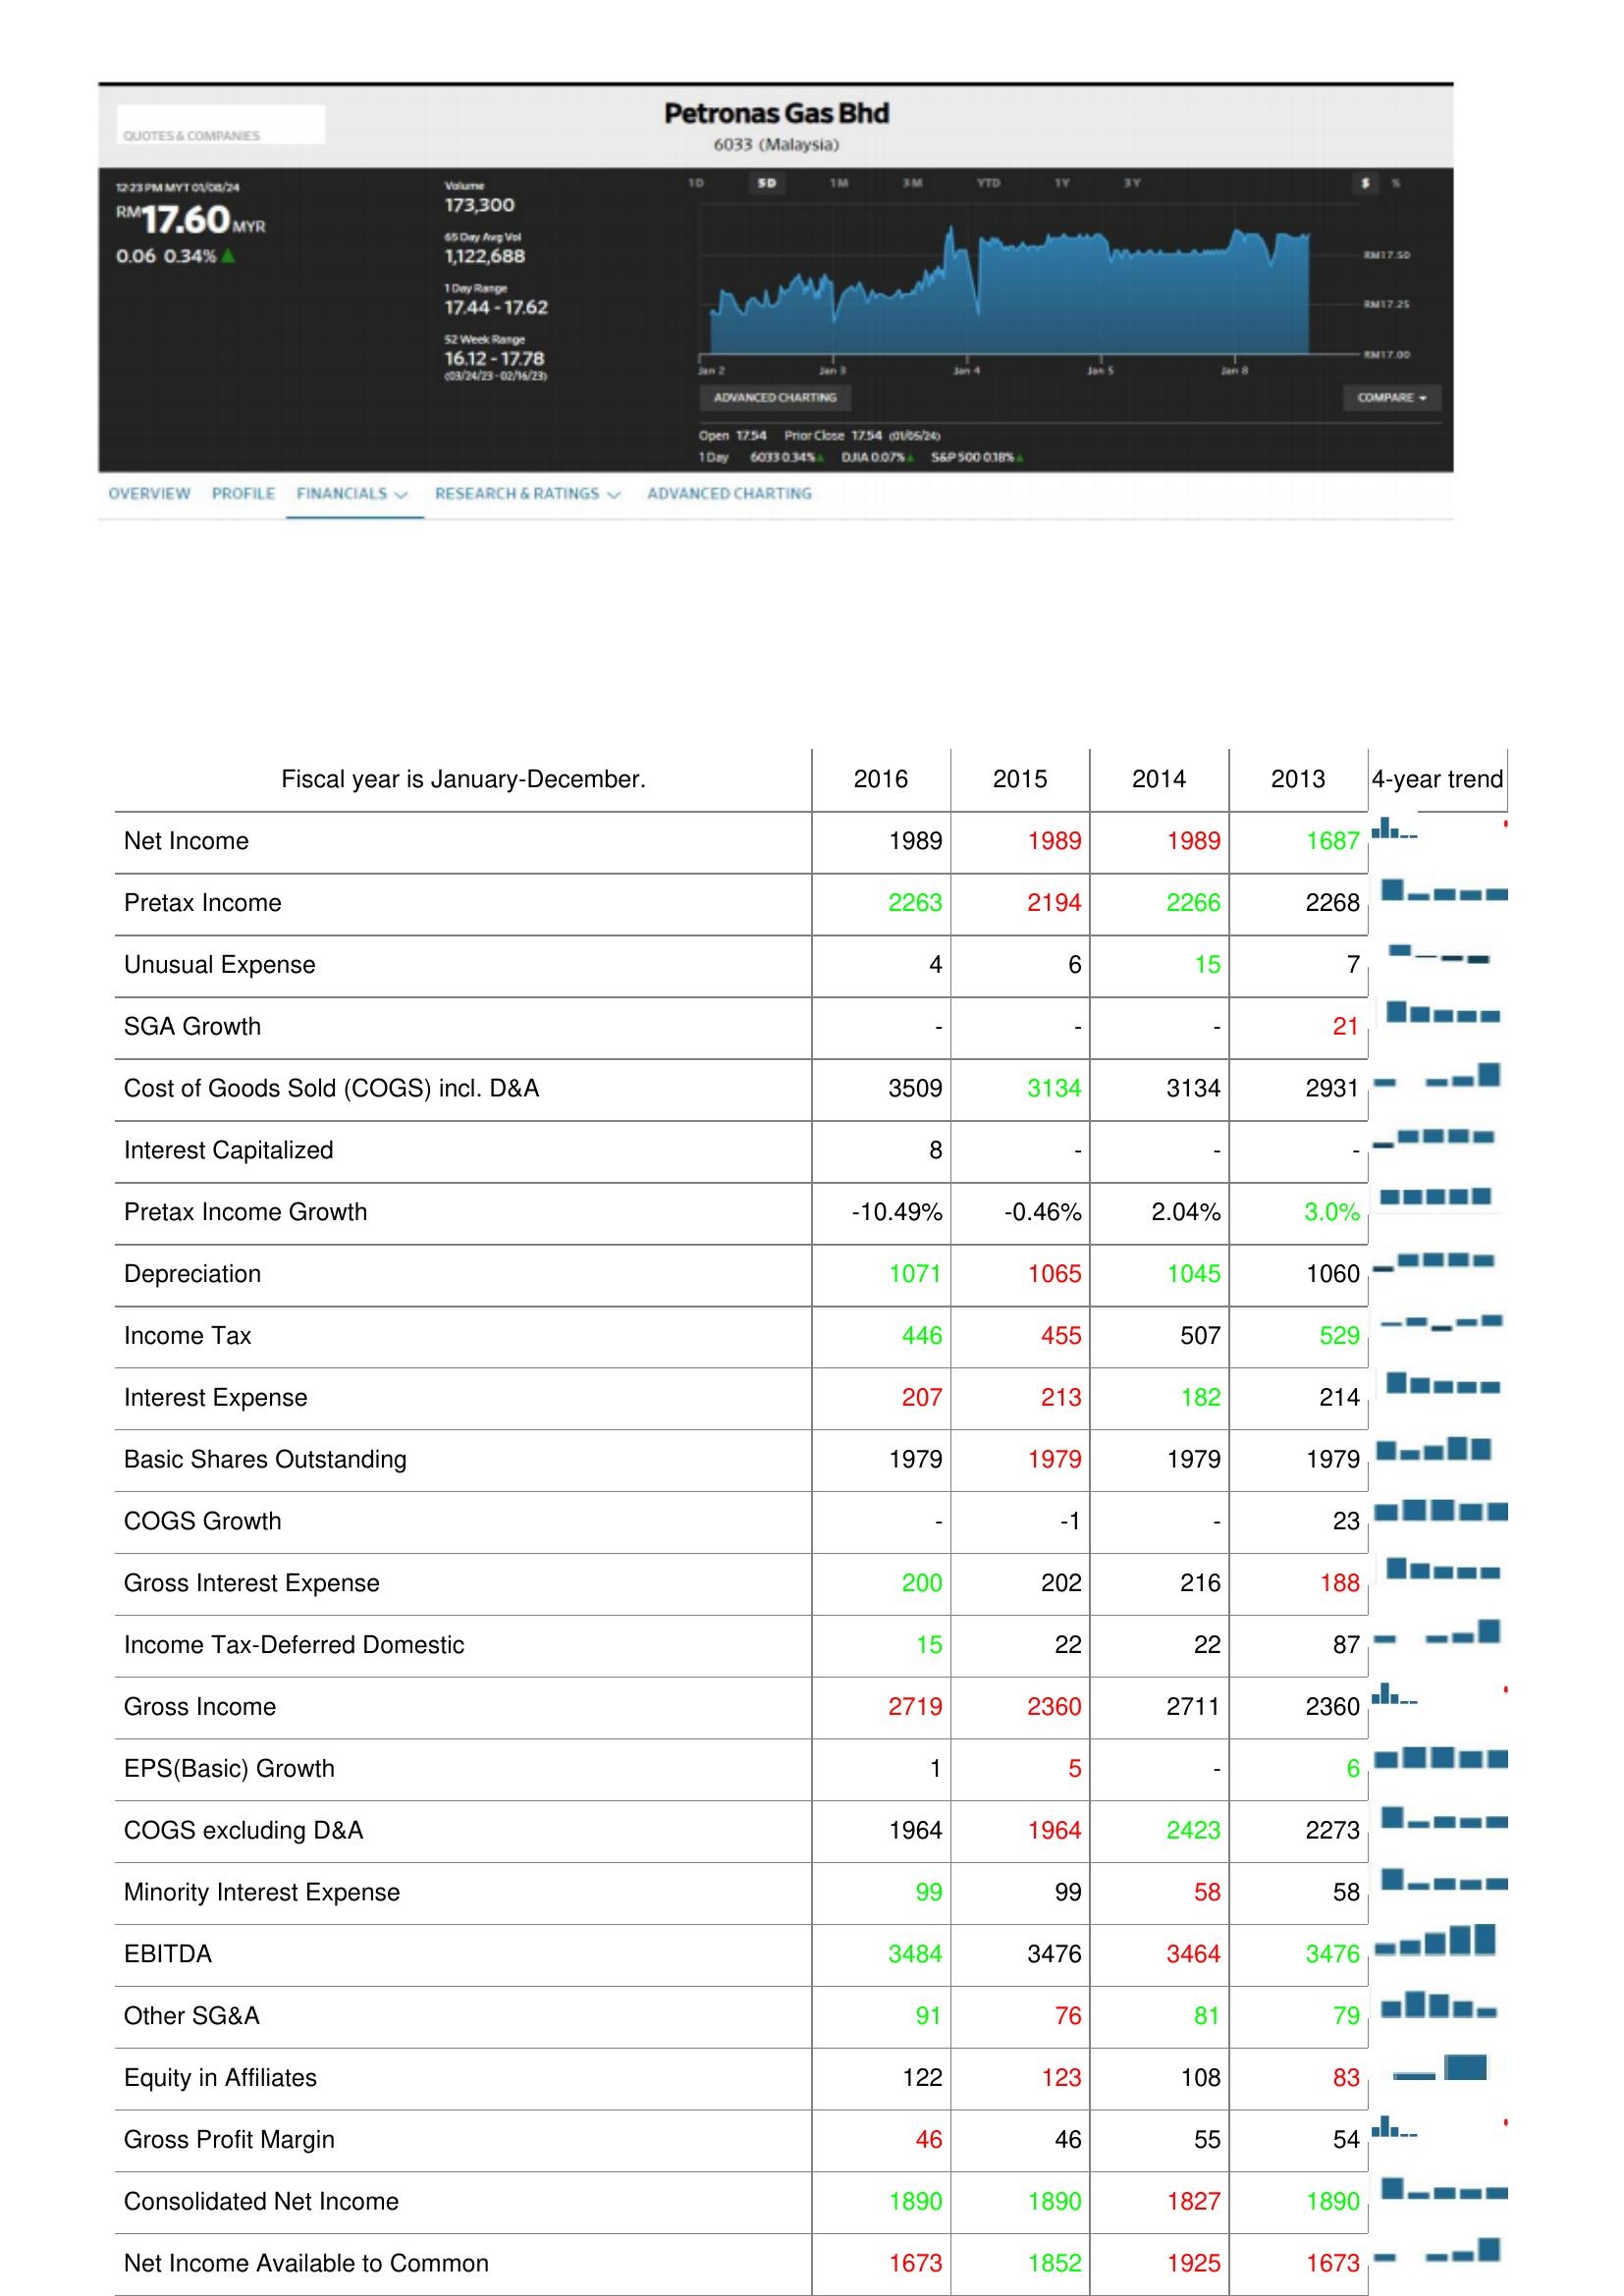
2016: : Net Income: 1989
Pretax Income: 2263
Unusual Expense: 4
SGA Growth: -
Cost of Goods Sold (COGS) incl. D&A: 3509
Interest Capitalized: 8
Pretax Income Growth: -10.49%
Depreciation: 1071
Income Tax: 446
Interest Expense: 207
Basic Shares Outstanding: 1979
COGS Growth: -
Gross Interest Expense: 200
Income Tax-Deferred Domestic: 15
Gross Income: 2719
EPS(Basic) Growth: 1
COGS excluding D&A: 1964
Minority Interest Expense: 99
EBITDA: 3484
Other SG&A: 91
Equity in Affiliates: 122
Gross Profit Margin: 46
Consolidated Net Income: 1890
Net Income Available to Common: 1673
2015: : Net Income: 1989
Pretax Income: 2194
Unusual Expense: 6
SGA Growth: -
Cost of Goods Sold (COGS) incl. D&A: 3134
Interest Capitalized: -
Pretax Income Growth: -0.46%
Depreciation: 1065
Income Tax: 455
Interest Expense: 213
Basic Shares Outstanding: 1979
COGS Growth: -1
Gross Interest Expense: 202
Income Tax-Deferred Domestic: 22
Gross Income: 2360
EPS(Basic) Growth: 5
COGS excluding D&A: 1964
Minority Interest Expense: 99
EBITDA: 3476
Other SG&A: 76
Equity in Affiliates: 123
Gross Profit Margin: 46
Consolidated Net Income: 1890
Net Income Available to Common: 1852
2014: : Net Income: 1989
Pretax Income: 2266
Unusual Expense: 15
SGA Growth: -
Cost of Goods Sold (COGS) incl. D&A: 3134
Interest Capitalized: -
Pretax Income Growth: 2.04%
Depreciation: 1045
Income Tax: 507
Interest Expense: 182
Basic Shares Outstanding: 1979
COGS Growth: -
Gross Interest Expense: 216
Income Tax-Deferred Domestic: 22
Gross Income: 2711
EPS(Basic) Growth: -
COGS excluding D&A: 2423
Minority Interest Expense: 58
EBITDA: 3464
Other SG&A: 81
Equity in Affiliates: 108
Gross Profit Margin: 55
Consolidated Net Income: 1827
Net Income Available to Common: 1925
2013: : Net Income: 1687
Pretax Income: 2268
Unusual Expense: 7
SGA Growth: 21
Cost of Goods Sold (COGS) incl. D&A: 2931
Interest Capitalized: -
Pretax Income Growth: 3.0%
Depreciation: 1060
Income Tax: 529
Interest Expense: 214
Basic Shares Outstanding: 1979
COGS Growth: 23
Gross Interest Expense: 188
Income Tax-Deferred Domestic: 87
Gross Income: 2360
EPS(Basic) Growth: 6
COGS excluding D&A: 2273
Minority Interest Expense: 58
EBITDA: 3476
Other SG&A: 79
Equity in Affiliates: 83
Gross Profit Margin: 54
Consolidated Net Income: 1890
Net Income Available to Common: 1673